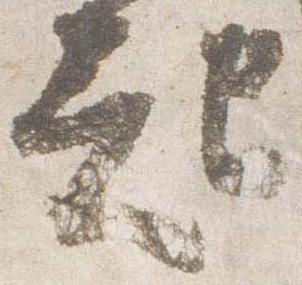
起